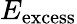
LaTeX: E_{\mathrm{excess}}